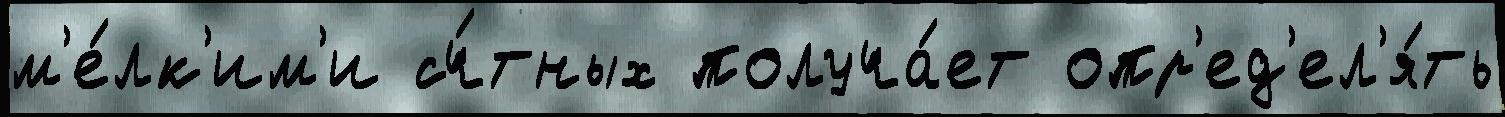
м'е́лк'им'и сч́тных получа́ет опр'ед'ел'я́ть